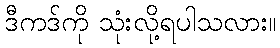
ဒီကဒ်ကို သုံးလို့ရပါသလား။